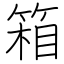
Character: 箱